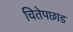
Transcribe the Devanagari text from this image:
चितेपछाड